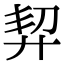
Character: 𢍆